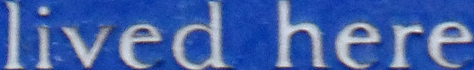
lived here